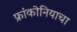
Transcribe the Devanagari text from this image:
फ्रांकोनियाचा